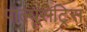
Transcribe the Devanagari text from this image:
पाल्यूसट्रिस